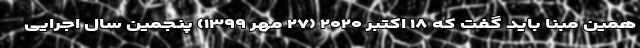
همین مبنا باید گفت که ۱۸ اکتبر ۲۰۲۰ (۲۷ مهر ۱۳۹۹) پنجمین سال اجرایی